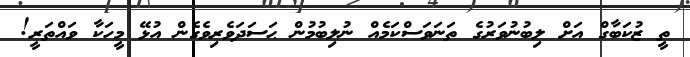
ތީ ޒުކަބާގް އަށް ލިބުނުވަރުގެ ތަނަވަސްކަމެއް ނުލިބުމުން ޙަސަދަވެރިވެގެން އުޅޭ މީހަކާ ވައްތަރީ!